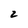
Character: 2